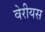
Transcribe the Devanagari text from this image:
वेरीयस